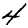
Digit: 4